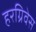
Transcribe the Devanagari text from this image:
हरग्रिवेस